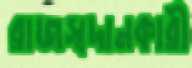
রাজস্বদানকারী